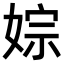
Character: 婃